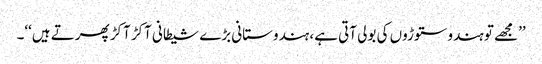
’’مجھے تو ہندو ستوڑوں کی بولی آتی ہے، ہندوستانی بڑے شیطانی آکڑ آکڑ پھرتے ہیں‘‘۔